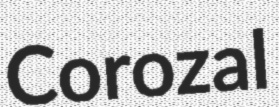
Corozal